Malaria in India - Number 2
Disease focus: Malaria
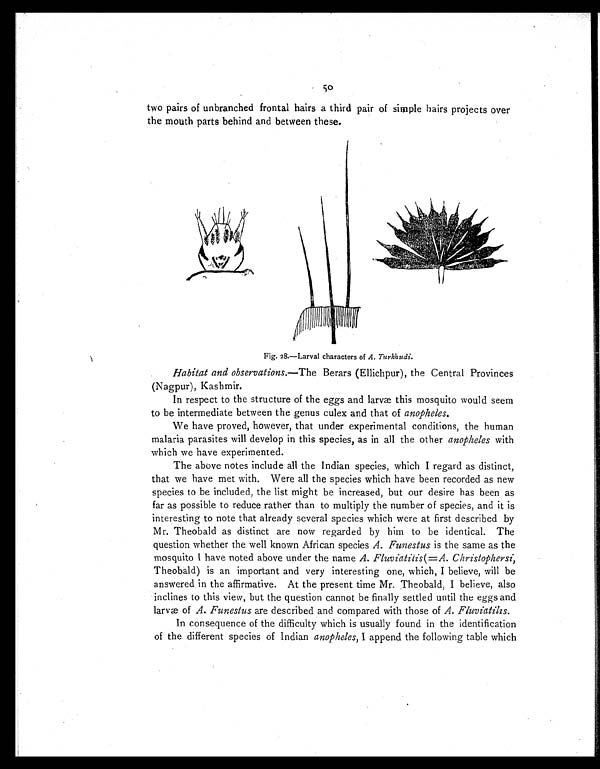
so
two pairs of unbranched frontal hairs a third pair of simple hairs projects over
the mouth parts behind and between these.
Fig. 28.—Larval characters of A. Turkhudi.
Habitat and observations.—The Berars (Ellichpur), the Central Provinces
(Nagpur), Kashmir.
In respect to the structure of the eggs and larvae this mosquito would seem
to be intermediate between the genus culex and that of anopheles.
We have proved, however, that under experimental conditions, the human
malaria parasites will develop in this species, as in all the other anopheles with
which we have experimented.
The above notes include all the Indian species, which I regard as distinct,
that we have met with. Were all the species which have been recorded as new
species to be included, the list might be increased, but our desire has been as
far as possible to reduce rather than to multiply the number of species, and it is
interesting to note that already several species which were at first described by
Mr. Theobald as distinct are now regarded by him to be identical. The
question whether the well known African species A. Funestus is the same as the
mosquito I have noted above under the name A. Fluviatilis(=A. Christophersi,
Theobald) is an imp ortant and very interesting one, which, I believe, will be
answered in the affirmative. At the present time Mr. Theobald, I believe, also
inclines to this view, but the question cannot be finally settled until the eggs and
larvæ of A. Funestus are described and compared with those of A. Fluviatilis.
In consequence of the difficulty which is usually found in the identification
of the different species of Indian anopheles, I append the following table which